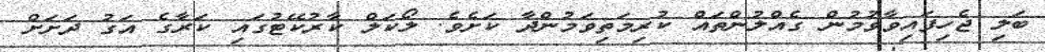
ބަލި ޖެހިފައިވާވުމުން ގެއްލުންތައް ކުރިމަތިވަމުންދާ ކަށެވެ. ލޯކަލް ކާރުކޭޓުގައި ކަރާގެ އަގު ދަށަށް